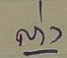
ล่าง